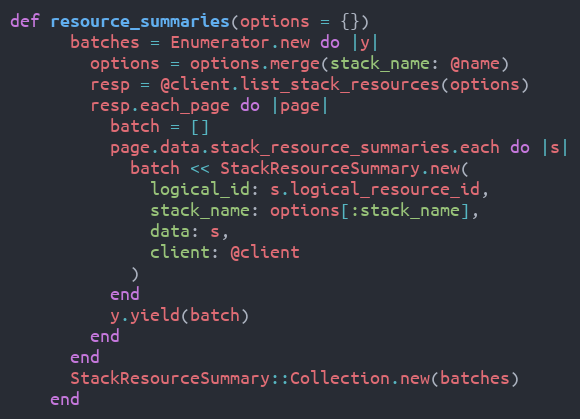
Language: Ruby
def resource_summaries(options = {})
      batches = Enumerator.new do |y|
        options = options.merge(stack_name: @name)
        resp = @client.list_stack_resources(options)
        resp.each_page do |page|
          batch = []
          page.data.stack_resource_summaries.each do |s|
            batch << StackResourceSummary.new(
              logical_id: s.logical_resource_id,
              stack_name: options[:stack_name],
              data: s,
              client: @client
            )
          end
          y.yield(batch)
        end
      end
      StackResourceSummary::Collection.new(batches)
    end